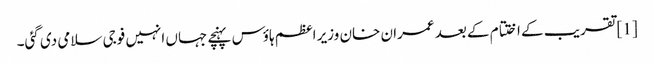
[1] تقریب کے اختتام کے بعد عمران خان وزیر اعظم ہاؤس پہنچے جہاں انہیں فوجی سلامی دی گئی۔